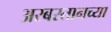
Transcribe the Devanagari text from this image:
अरबस्तानच्या